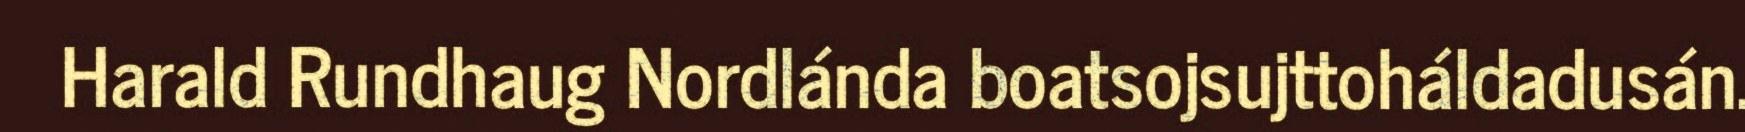
Harald Rundhaug Nordlánda boatsojsujttoháldadusán.